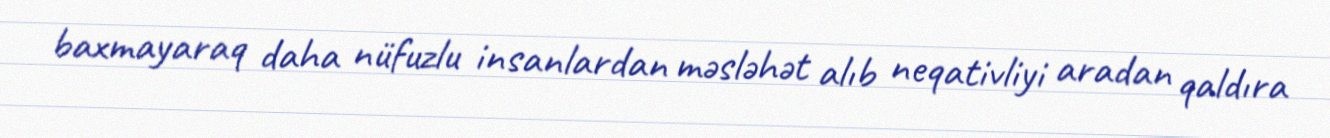
baxmayaraq daha nüfuzlu insanlardan məsləhət alıb neqativliyi aradan qaldıra